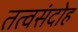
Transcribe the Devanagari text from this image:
तत्वसंदोह